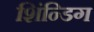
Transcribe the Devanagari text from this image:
शिंन्डिग